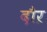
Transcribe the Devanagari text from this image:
दौऱ